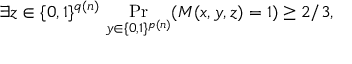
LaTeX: \exists z \in \{ 0 , 1 \} ^ { q ( n ) } \, \Pr _ { y \in \{ 0 , 1 \} ^ { p ( n ) } } ( M ( x , y , z ) = 1 ) \geq 2 / 3 ,